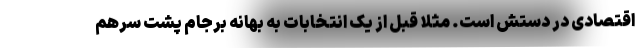
اقتصادی در دستش است. مثلاً قبل از یک انتخابات به بهانه برجام پشت سرهم